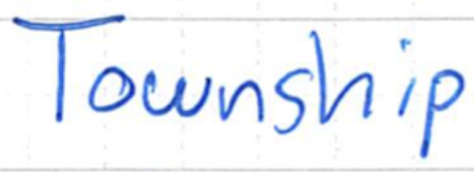
Text: Township
Cross-out: clean
Writing tool: ballpoint